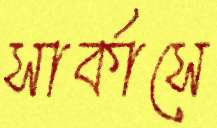
সার্কাসে